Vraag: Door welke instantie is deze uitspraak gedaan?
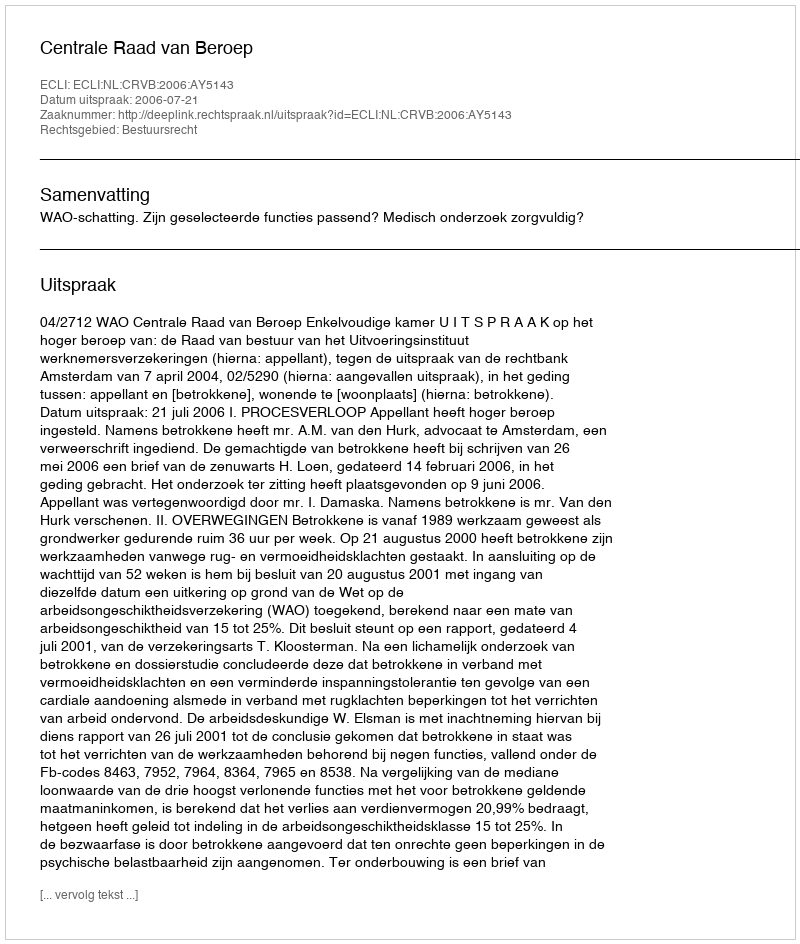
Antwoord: Centrale Raad van Beroep